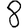
Digit: 8